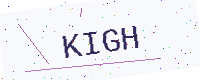
Text: KIGH